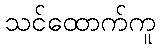
သင်ထောက်ကူ